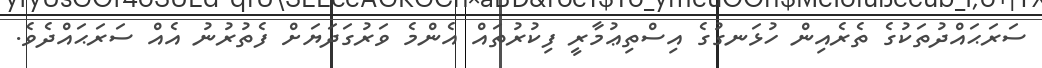
ސަރަޙައްދުތަކުގެ ތެރެއިން ހުޅަނގުގެ އިސްތިޢުމާރީ ފިކުރުތައް އެންމެ ވަރުގަދަޔަށް ފެތުރުނު އެއް ސަރަޙައްދެވެ.